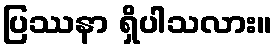
ပြဿနာ ရှိပါသလား။